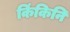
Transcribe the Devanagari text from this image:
किंकिनि